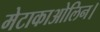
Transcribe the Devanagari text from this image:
मेटाकाओलिन।